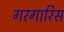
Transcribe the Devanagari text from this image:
गरगारिस